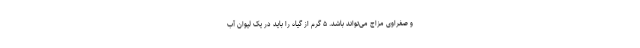
و صفراوی مزاج می‌تواند باشد. ۵ گرم از گیاه را باید در یک لیوان آب